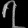
Digit: ၇